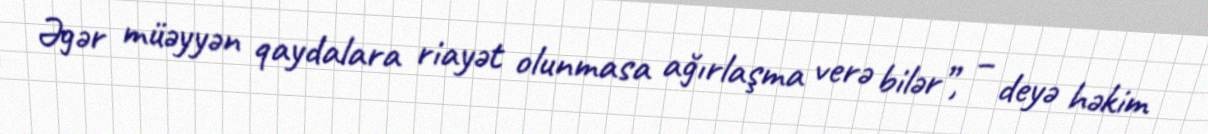
Əgər müəyyən qaydalara riayət olunmasa ağırlaşma verə bilər”, – deyə həkim